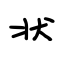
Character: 状